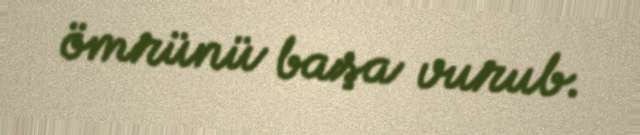
ömrünü başa vurub.